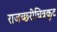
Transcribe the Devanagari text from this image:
राजच्छ्रीचित्रकूट